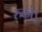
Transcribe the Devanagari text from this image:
रुको।